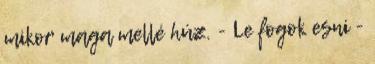
mikor maga mellé húz. - Le fogok esni -